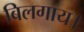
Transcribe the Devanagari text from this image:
बिलगाय।